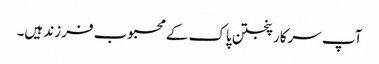
آپ سرکار پنجتن پاک کے محبوب فرزند ہیں۔